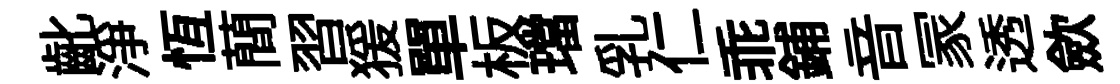
齔淨恆蕳習猨單板璫乳仁乖鋪音冡透歛